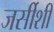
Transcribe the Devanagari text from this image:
जर्सीशी